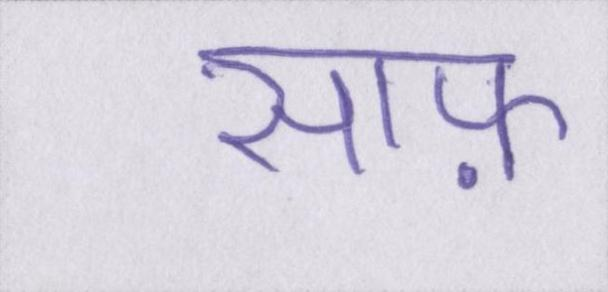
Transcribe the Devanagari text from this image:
साफ़